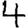
Digit: 4